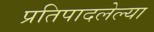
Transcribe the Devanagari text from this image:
प्रतिपादलेल्या